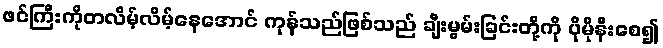
ဖင်ကြီးကိုတလိမ့်လိမ့်နေအောင် ကုန်သည်ဖြစ်သည် ချီးမွမ်းခြင်းတို့ကို ပိုမိုနီးစေ၍